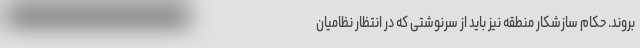
بروند. حکام سازشکار منطقه نیز باید از سرنوشتی که در انتظار نظامیان